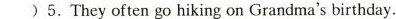
( )5. They often go hiking on Grandma's birthday.